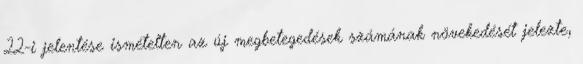
22-i jelentése ismételten az új megbetegedések számának növekedését jelezte,